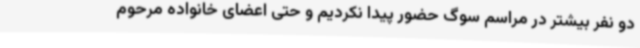
دو نفر بیشتر در مراسم سوگ حضور پیدا نکردیم و حتی اعضای خانواده مرحوم